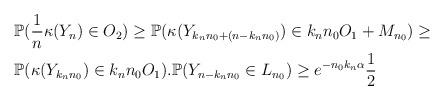
LaTeX: \begin{align*}\begin{aligned}& \mathbb{P}(\frac{1}{n}\kappa(Y_{n}) \in O_{2}) \geq \mathbb{P}(\kappa(Y_{k_{n}n_{0}+(n-k_{n}n_{0})}) \in k_{n}n_{0}O_{1} + M_{n_{0}}) \geq \\ & \mathbb{P}(\kappa(Y_{k_{n}n_{0}}) \in k_{n}n_{0}O_{1}). \mathbb{P}(Y_{n-k_{n}n_{0}} \in L_{n_{0}}) \geq e^{-n_{0}k_{n}\alpha}\frac{1}{2}\end{aligned}\end{align*}